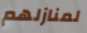
لمنازلهم